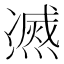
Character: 𰟠